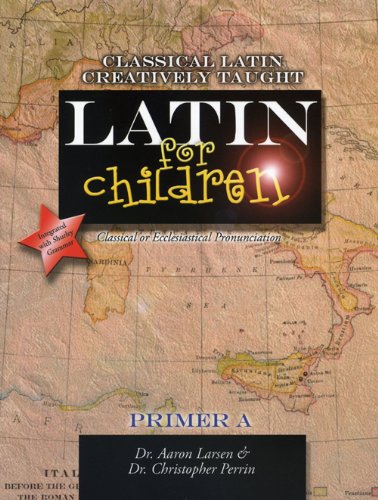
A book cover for Latin for Children, Primer A (Latin Edition); Aaron Larsen; Children's Books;